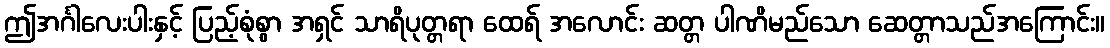
ဤအင်္ဂါလေးပါးနှင့် ပြည့်စုံစွာ အရှင် သာရိပုတ္တရာ ထေရ် အလောင်း ဆတ္တ ပါဏိမည်သော ဆေတ္တာသည်အကြောင်း။